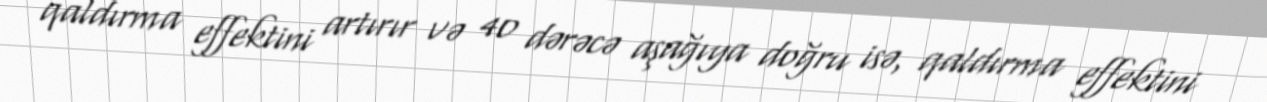
qaldırma effektini artırır və 40 dərəcə aşağıya doğru isə, qaldırma effektini